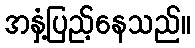
အနှံ့ပြည့်နေသည်။